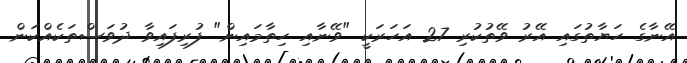
އޭނާގެ ހަޔާތުގައި އޭރު ވޭތުކުރި 27 އަހަރަކީ "ވޭނާއި ހިތާމައިން" ފުރިފައިވާ ދުވަސްތަކެއްކަން